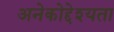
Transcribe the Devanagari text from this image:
अनेकोद्देश्यता